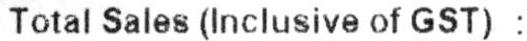
TOTAL SALES (INCLUSIVE OF GST) :